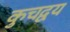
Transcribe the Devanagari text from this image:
कुचद्वय